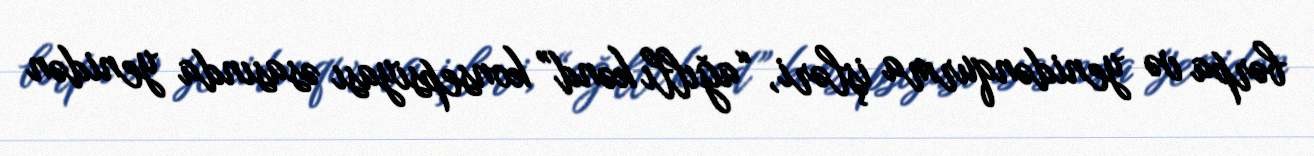
bərpa və yenidənqurma işləri, “ağıllı kənd” konsepsiyası əsasında yenidən